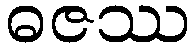
ဓဇဿ